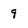
Character: 9